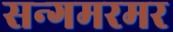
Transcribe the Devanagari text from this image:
सन्गमरमर